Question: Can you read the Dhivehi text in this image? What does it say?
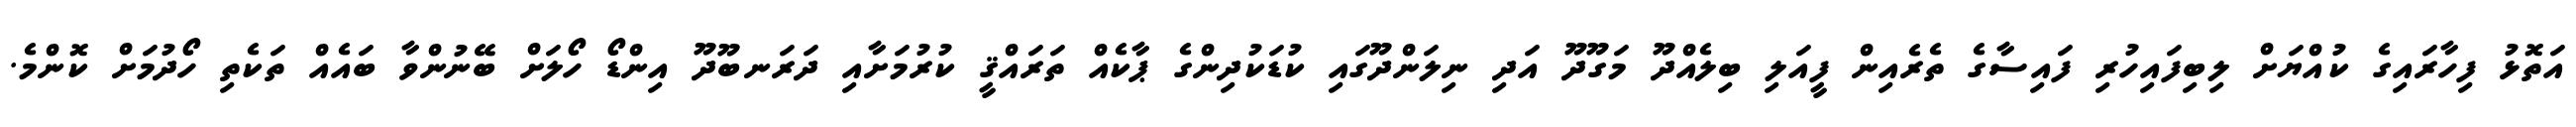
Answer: އަތޮޅު ފިހާރައިގެ ކުއްޔަށް ލިބިފައިހުރި ފައިސާގެ ތެރެއިން ފީއަލި ބިލެއްދޫ މަގޫދޫ އަދި ނިލަންދޫގައި ކުޑަކުދިންގެ ޕާކެއް ތަރައްޤީ ކުރުމަށާއި ދަރަނބޫދޫ އިންޑޯ ހޯލަށް ބޭނުންވާ ބައެއް ތަކެތި ހޯދުމަށް ކޮންމެ.